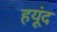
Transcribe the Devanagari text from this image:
हयूंद